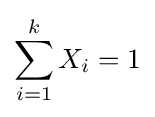
\sum _{i=1}^{k}X_{i}=1